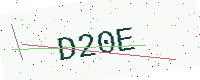
Text: D20E